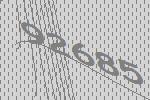
92685